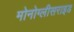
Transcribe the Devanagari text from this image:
मोनोग्लीसराइड